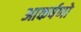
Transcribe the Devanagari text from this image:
आकर्षणो